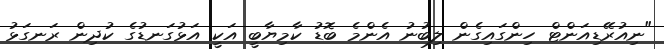
"ނިއުރޭޑިއަންޓް ހިންގައިގެން ލިބުނު އެންމެ ބޮޑު ކާމިޔާބީ އަކީ އަޅުގަނޑުގެ ކުދިން ރަނގަޅު